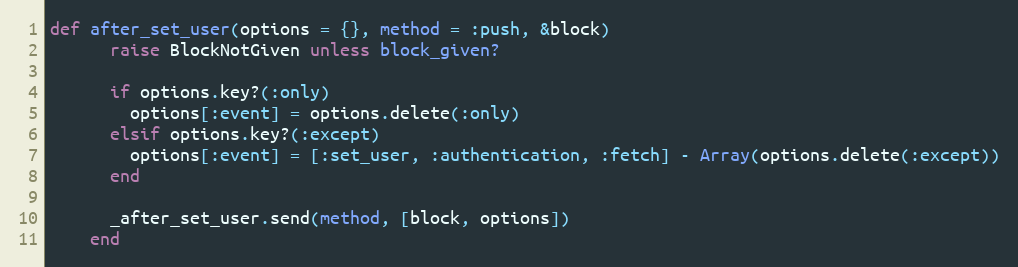
Language: Ruby
def after_set_user(options = {}, method = :push, &block)
      raise BlockNotGiven unless block_given?

      if options.key?(:only)
        options[:event] = options.delete(:only)
      elsif options.key?(:except)
        options[:event] = [:set_user, :authentication, :fetch] - Array(options.delete(:except))
      end

      _after_set_user.send(method, [block, options])
    end